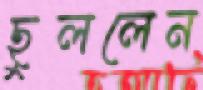
ছুললেন